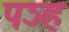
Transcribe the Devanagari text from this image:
पञ्ह